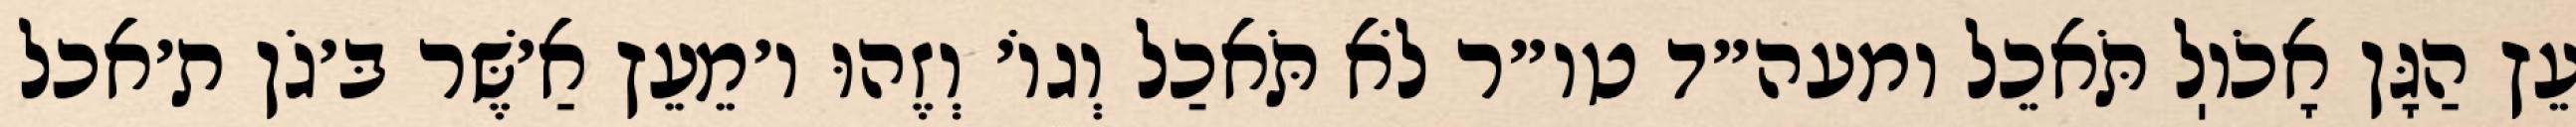
עֵץ הַגָּן אָכֹוֽל תֹּאכֵל ומעה״ד טו״ר לֹא תֹּאכַל וְגוֹ׳ וְזֶהוּ ו׳מֵעֵץ אַ׳שֶּׁר בּ׳גֹן ת׳אכל